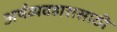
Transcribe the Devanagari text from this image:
अर्थव्यवहारासाठी